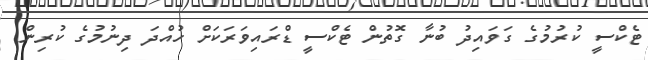
ޓެކްސީ ކުރުމުގެ ގަވައިދު ބުނާ ގޮތުން ޓެކްސީ ޑްރައިވަރަކަށް ހުއްދަ ދިނުމުގެ ކުރިން